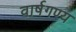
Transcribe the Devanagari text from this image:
वार्षगण्य